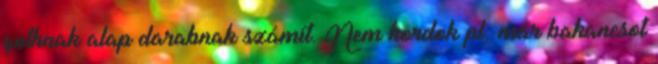
gothnak alap darabnak számít. Nem hordok pl. már bakancsot